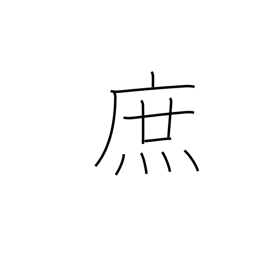
Meaning: bastard